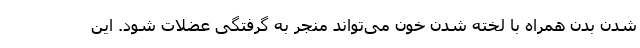
شدن بدن همراه با لخته شدن خون می‌تواند منجر به گرفتگی عضلات شود. این